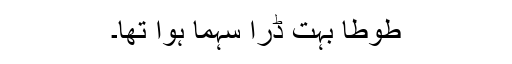
طوطا بہت ڈرا سہما ہوا تھا۔